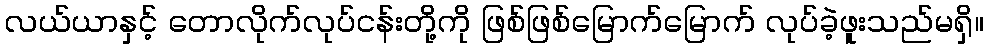
လယ်ယာနှင့် တောလိုက်လုပ်ငန်းတို့ကို ဖြစ်ဖြစ်မြောက်မြောက် လုပ်ခဲ့ဖူးသည်မရှိ။